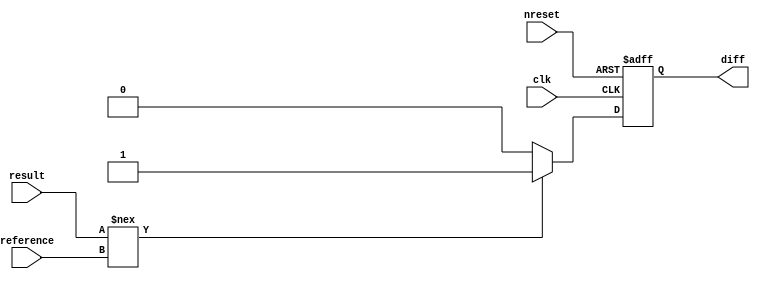
module oh_simchecker #(parameter DW = 32 // Datapath width
		       )
  (
   //Inputs 
   input 	  clk,
   input 	  nreset,
   input [DW-1:0] result, // result to check
   input [DW-1:0] reference, // reference result
   output reg 	  diff //fail indicator
   );
   
   always @ (negedge clk or negedge nreset)
     if(~nreset)
       diff <= 1'b0;   
     else  if(result!==reference)
       begin
	  diff <= 1'b1;	  
`ifdef CFG_SIM 
	  $display("ERROR(%0t): result= %d(%h) reference= %d(%h)", $time, result,result, reference, reference);
`endif
       end
     else
       diff <= 1'b0;	  
   
endmodule // oh_simchecker